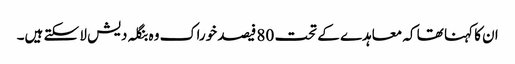
ان کا کہنا تھا کہ معاہدے کے تحت 80 فیصد خوراک وہ بنگلہ دیش لا سکتے ہیں۔